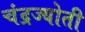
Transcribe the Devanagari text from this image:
चंद्रज्योती